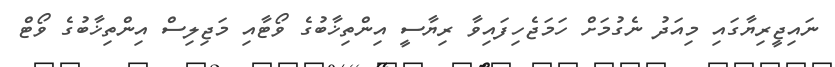
ނައިޖީރިޔާގައި މިއަދު ނެގުމަށް ހަމަޖެހިފައިވާ ރިޔާސީ އިންތިޚާބުގެ ވޯޓާއި މަޖިލިސް އިންތިޚާބުގެ ވޯޓް